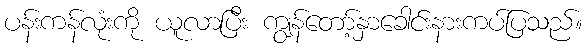
ပန်းကန်လုံးကို ယူလာပြီး ကျွန်တော့်နှာခေါင်းနားကပ်ပြသည်။